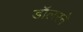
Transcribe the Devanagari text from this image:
डॉलरने